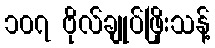
၁၀၇ ဗိုလ်ချုပ်ဖြိုးသန့်